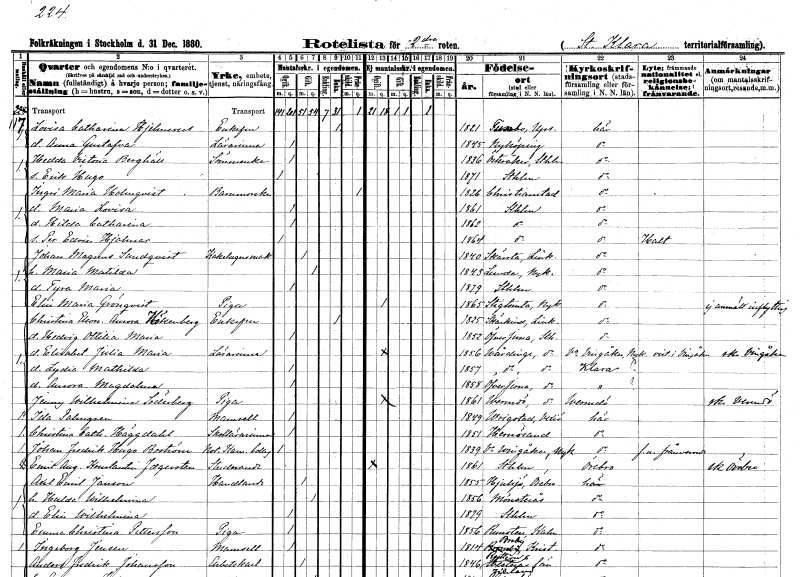
gt_parse: households: individuals: FN: Lovisa Catharina
EN: Hjelmerus
KON: K
CIV: E
FODAR: 1821
FODFORS: Funbo Uppsala län
FN: Anna Gustafva
YRKE: Lärarinna
KON: K
CIV: O
FODAR: 1845
FODFORS: Nyköping Södermanlands län
FN: Hedda Victoria
EN: Berghäll
YRKE: Sömmerska
KON: K
CIV: O
FODAR: 1836
FODFORS: Österåker Stockholms län
FN: Erik Hugo
KON: M
CIV: O
FODAR: 1871
FODFORS: Stockholm
FN: Ingri Maria
EN: Holmqvist
YRKE: Barnmorska
KON: K
CIV: X
FODAR: 1826
FODFORS: Kristianstad Kristianstads län
FN: Maria Lovisa
KON: K
CIV: O
FODAR: 1861
FODFORS: Stockholm
FN: Hilda Catharina
KON: K
CIV: O
FODAR: 1862
FODFORS: Stockholm
FN: Per Edvin Hjalmar
KON: M
CIV: O
FODAR: 1864
FODFORS: Stockholm
FN: Johan Magnus
EN: Sundqvist
YRKE: Kakelugnsmakare
KON: M
CIV: G
FODAR: 1840
FODFORS: Skärstad Jönköpings län
FN: Maria Matilda
KON: K
CIV: G
FODAR: 1843
FODFORS: Lunda Södermanlands län
FN: Tyra Maria
KON: K
CIV: O
FODAR: 1879
FODFORS: Stockholm
FN: Elin Maria
EN: Grönqvist
YRKE: Piga
KON: K
CIV: O
FODAR: 1865
FODFORS: Stigtomta Södermanlands län
FN: Christina Eleonora Aurora
EN: Hökenberg
KON: K
CIV: E
FODAR: 1825
FODFORS: Skärkind Östergötlands län
FN: Hedvig Ottilia Maria
KON: K
CIV: O
FODAR: 1852
FODFORS: Överjärna Stockholms län
FN: Elisabet Julia Maria
YRKE: Lärarinna
KON: K
CIV: O
FODAR: 1856
FODFORS: Vårdinge Stockholms län
FN: Lydia Mathilda
KON: K
CIV: O
FODAR: 1857
FODFORS: Vårdinge Stockholms län
FN: Aurora Magdalena
KON: K
CIV: O
FODAR: 1858
FODFORS: Överjärna Stockholms län
FN: Jenny Wilhelmina
EN: Söderberg
YRKE: Piga
KON: K
CIV: O
FODAR: 1861
FODFORS: Värmdö Stockholms län
FN: Ida
EN: Palmgren
KON: K
CIV: O
FODAR: 1849
FODFORS: Vrigstad Jönköpings län
FN: Christina Catharina
EN: Häggdahl
YRKE: Skollärarinna
KON: K
CIV: O
FODAR: 1851
FODFORS: Härnösand Västernorrlands län
FN: Johan Fredrik Hugo
EN: Boström
YRKE: Notarie vid Kammarkollegiet
KON: M
CIV: O
FODAR: 1839
FODFORS: Västra Vingåker Södermanlands län
FN: Emil August Konstantin
EN: Faegersten
YRKE: Studerande
KON: M
CIV: O
FODAR: 1861
FODFORS: Stockholm
FN: Axel Emil
EN: Janson
YRKE: Handlande
KON: M
CIV: G
FODAR: 1855
FODFORS: Hjulsjö Örebro län
FN: Hulda Wilhelmina
KON: K
CIV: G
FODAR: 1856
FODFORS: Mönsterås Kalmar län
FN: Elin Wilhelmina
KON: K
CIV: O
FODAR: 1879
FODFORS: Stockholm
FN: Emma Christina
EN: Pettersson
YRKE: Piga
KON: K
CIV: O
FODAR: 1856
FODFORS: Runsten Kalmar län
FN: Ingeborg
EN: Jensen
KON: K
CIV: O
FODAR: 1814
FODFORS: Broby Kristianstads län